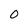
Character: O